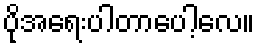
ပိုအရေးပါတာပေါ့လေ။